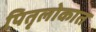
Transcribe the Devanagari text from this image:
पितृलोकात